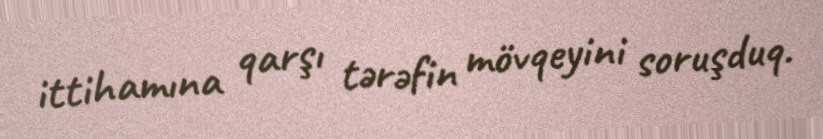
ittihamına qarşı tərəfin mövqeyini soruşduq.